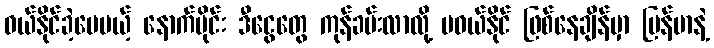
ဝယ်နိုင်ခဲ့ပေမယ့် နောက်ပိုင်း ဒီငွေတွေ ကုန်ခမ်းလာလို့ မဝယ်နိုင် ဖြစ်နေချိန်မှာ မြန်မာနဲ့